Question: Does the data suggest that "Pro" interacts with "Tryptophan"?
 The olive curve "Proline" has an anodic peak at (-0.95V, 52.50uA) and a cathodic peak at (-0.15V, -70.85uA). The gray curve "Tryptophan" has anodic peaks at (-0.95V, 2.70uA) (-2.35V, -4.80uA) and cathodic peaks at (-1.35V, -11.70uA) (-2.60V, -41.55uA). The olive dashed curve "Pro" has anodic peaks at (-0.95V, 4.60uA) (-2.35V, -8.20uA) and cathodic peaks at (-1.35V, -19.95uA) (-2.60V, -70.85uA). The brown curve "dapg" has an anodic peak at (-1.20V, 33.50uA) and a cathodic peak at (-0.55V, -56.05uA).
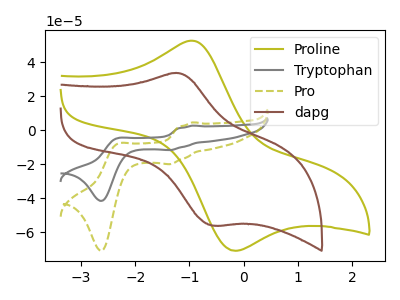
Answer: <think>All the peaks in "Pro" have a peak in "Tryptophan" at the same potential.
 </think>
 <answer>No, "Pro" and "Tryptophan" don't appear to be significantly different in shape</answer>
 <eval>no_change</eval>